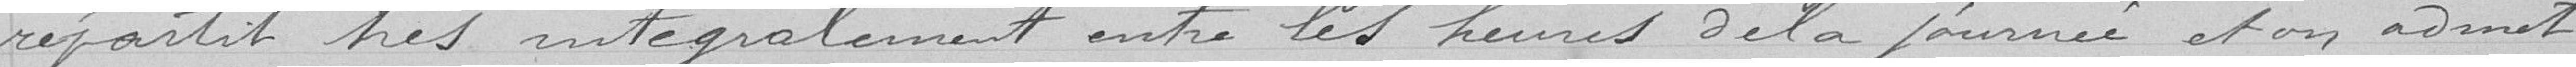
repartit très intégralement entre les heures de la journée et on admet